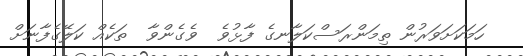
ހަމަކަށަވަރުން ތިމަންރަސްކަލާނގެ ފާޅުވެ  ވެގެންވާ  ތަކެއް ކަލޭގެފާނަށް